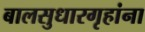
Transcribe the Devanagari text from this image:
बालसुधारगृहांना